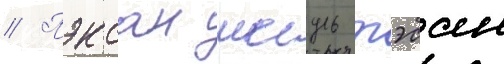
// Пэксан иесуль тэсан